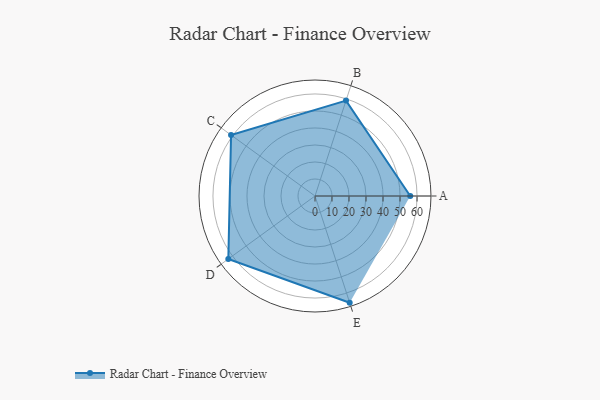
{"axis": {"x": "Skill", "y": "Score"}, "legend": ["Profile"], "data": [{"x": "A", "y": 56.0, "type": "Profile"}, {"x": "B", "y": 59.0, "type": "Profile"}, {"x": "C", "y": 61.0, "type": "Profile"}, {"x": "D", "y": 63.0, "type": "Profile"}, {"x": "E", "y": 66.0, "type": "Profile"}]}